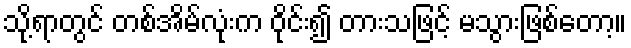
သို့ရာတွင် တစ်အိမ်လုံးက ဝိုင်း၍ တားသဖြင့် မသွားဖြစ်တော့။